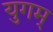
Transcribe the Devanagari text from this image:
युगम्